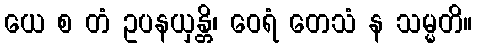
ယေ စ တံ ဥပနယှန္တိ၊ ဝေရံ တေသံ န သမ္မတိ။